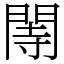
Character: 䦙